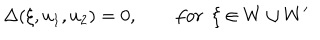
LaTeX: \Delta ( \xi , u _ { 1 } , u _ { 2 } ) = 0 , \qquad f o r ~ ~ \xi \in W \cup W ^ { \prime }